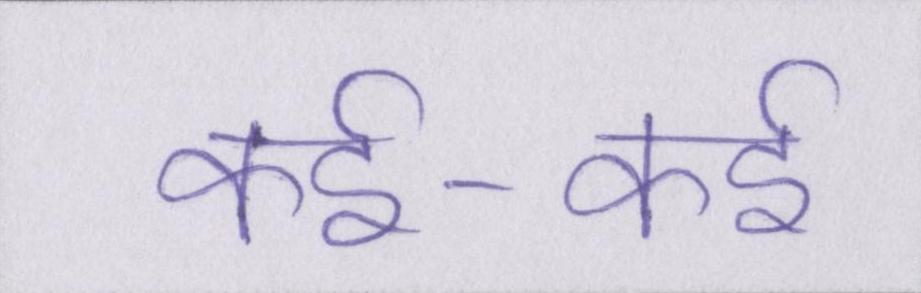
कई-कई